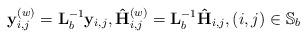
LaTeX: \begin{align*}\mathbf{y}^{(w)}_{i,j} = \mathbf{L}^{-1}_{b}\mathbf{y}_{i,j}, \mathbf{\hat{H}}^{(w)}_{i,j} = \mathbf{L}^{-1}_{b}\mathbf{\hat{H}}_{i,j}, (i,j) \in \mathbb{S}_b\end{align*}